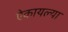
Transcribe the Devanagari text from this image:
ऐकायल्या